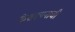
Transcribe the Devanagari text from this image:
केशवपनाची